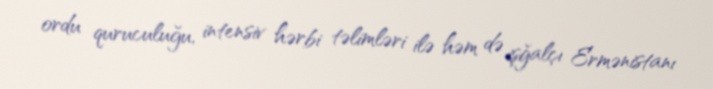
ordu quruculuğu, intensiv hərbi təlimləri ilə həm də işğalçı Ermənistanı